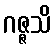
ဂဇ္ဇသိ